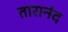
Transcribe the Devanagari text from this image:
तारानंद